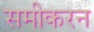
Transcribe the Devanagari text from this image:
समीकरन